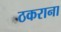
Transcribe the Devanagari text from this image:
ठकराना